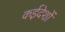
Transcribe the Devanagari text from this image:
कईदेशों